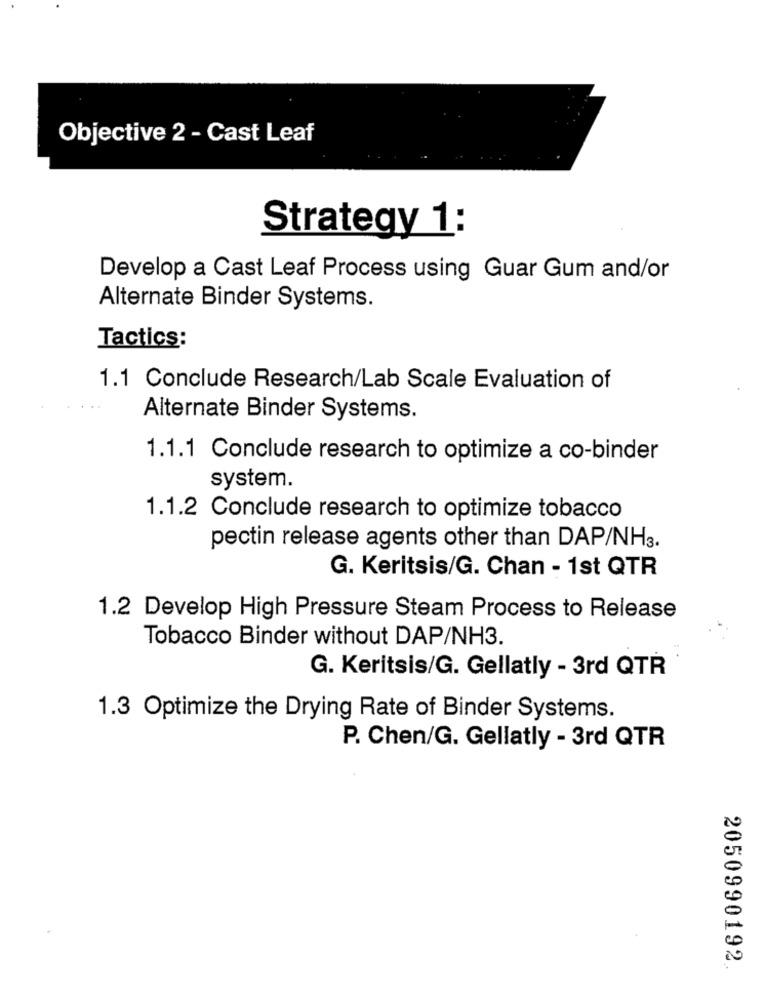
Objective 2 - Cast Leaf
Strategy 1:
Develop a Cast Leaf Process using Guar Gum and/or
Alternate Binder Systems.
Tactics:
1.1 Conclude Research/Lab Scale Evaluation of
Alternate Binder Systems.
1.1.1 Conclude research to optimize a co-binder
system.
1.1.2 Conclude research to optimize tobacco
pectin release agents other than DAP/NH3.
G. Keritsis/G. Chan - 1st QTR
1.2 Develop High Pressure Steam Process to Release
Tobacco Binder without DAP/NH3.
G. Keritsis/G. Gellatly - 3rd QTR
1.3 Optimize the Drying Rate of Binder Systems.
P. Chen/G. Gellatly - 3rd QTR
2050990192